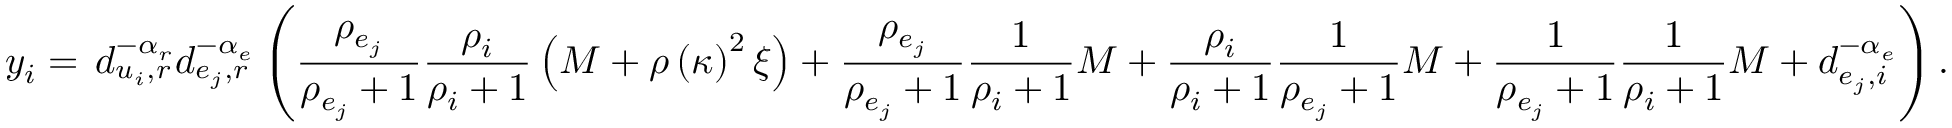
y _ { i } = \, d _ { u _ { i } , r } ^ { - \alpha _ { r } } d _ { e _ { j } , r } ^ { - \alpha _ { e } } \left( \frac { \rho _ { e _ { j } } } { \rho _ { e _ { j } } + 1 } \frac { \rho _ { i } } { \rho _ { i } + 1 } \left( M + \rho \left( \kappa \right) ^ { 2 } \xi \right) + \frac { \rho _ { e _ { j } } } { \rho _ { e _ { j } } + 1 } \frac { 1 } { \rho _ { i } + 1 } M + \frac { \rho _ { i } } { \rho _ { i } + 1 } \frac { 1 } { \rho _ { e _ { j } } + 1 } M + \frac { 1 } { \rho _ { e _ { j } } + 1 } \frac { 1 } { \rho _ { i } + 1 } M + d _ { e _ { j } , i } ^ { - \alpha _ { e } } \right) .